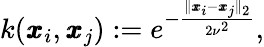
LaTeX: k(\pmb{x}_{i},\pmb{x}_{j}):=e^{-\frac{\| \pmb{x}_{i}-\pmb{x}_{j}\| _{2}}{2\nu^{2}}},